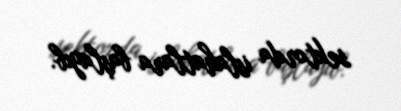
sektorda islahatlara başlayıb.